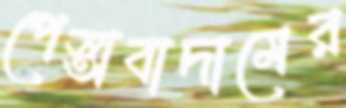
পেস্তাবাদামের